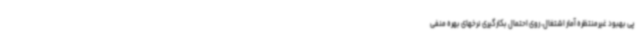
پی بهبود غیرمنتظره آمار اشتغال، روی احتمال بکارگیری نرخهای بهره منفی